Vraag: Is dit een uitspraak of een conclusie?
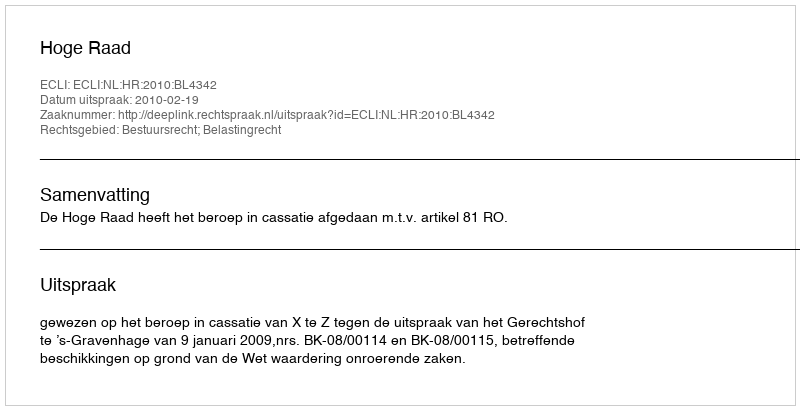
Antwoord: Uitspraak